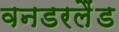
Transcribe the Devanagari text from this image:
वनडरलैंड